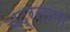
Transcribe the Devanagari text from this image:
चंद्रनामा